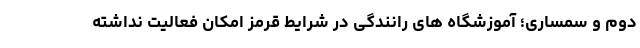
دوم و سمساری؛ آموزشگاه های رانندگی در شرایط قرمز امکان فعالیت نداشته